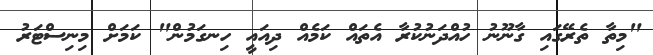
"މިތާ ތެރޭގައި ގާނޫނު ހުއްދަނުކުރާ އެތައް ކަމެއް ދިއައީ ހިނގަމުން" ކަމަށް މިނިސްޓަރު